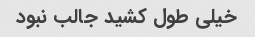
خیلی طول کشید جالب نبود